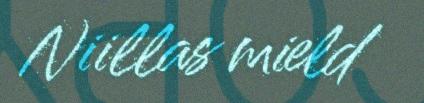
Niillas mield